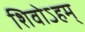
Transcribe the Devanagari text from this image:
शिवोऽहम्